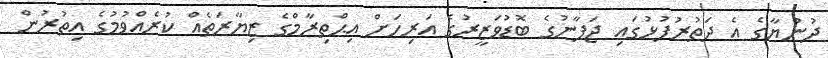
ދުންޔާގެ އެ ދަތުރުފުޅުގައި ޖަޕާނުގެ ބޮޑުވަޒީރުގެ އަރިހަށް އިޙްތިރާމްގެ ޒިޔާރަތެއް ކުރެއްވުމުގެ އިތުރުން